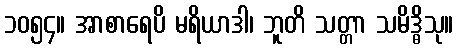
၁၀၅၄။ အာစာရေပိ မရိယာဒါ၊ ဘူတိ သတ္တာ သမိဒ္ဓိသု။